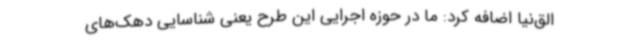
الق‌نیا اضافه کرد: ما در حوزه اجرایی این طرح یعنی شناسایی دهک‌های